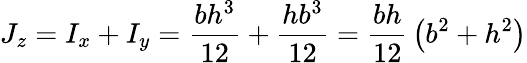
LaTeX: J_{z}=I_{x}+I_{y}={\frac{bh^{3}}{12}}+{\frac{hb^{3}}{12}}={\frac{bh}{12}}\left(b^{2}+h^{2}\right)